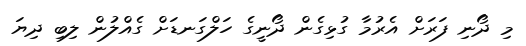
މި ދޯނި ފަރަށް އެރުމާ ގުޅިގެން ދޯނީގެ ހަލްގަނޑަށް ގެއްލުން ލިބި ދިޔަ